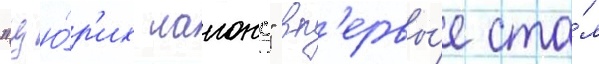
"цю́р'их лаионс" вп'ервы́е ста́л